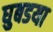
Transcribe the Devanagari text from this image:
घुबडया